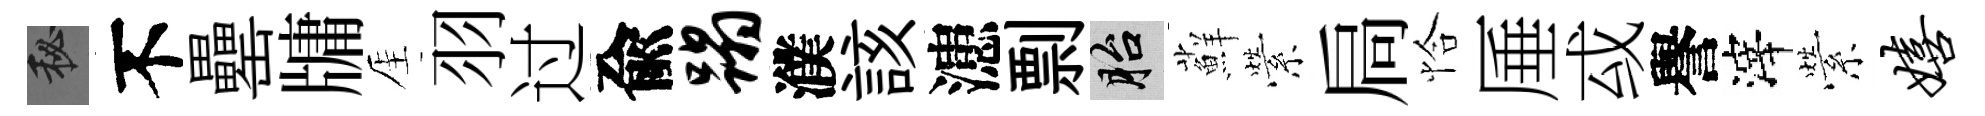
秘不罍牗厓羽过兪蹋濮該漶剽胎蘚縈扃恰厜㦯譽滓縈嬉